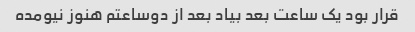
قرار بود یک ساعت بعد بیاد بعد از دوساعتم هنوز نیومده